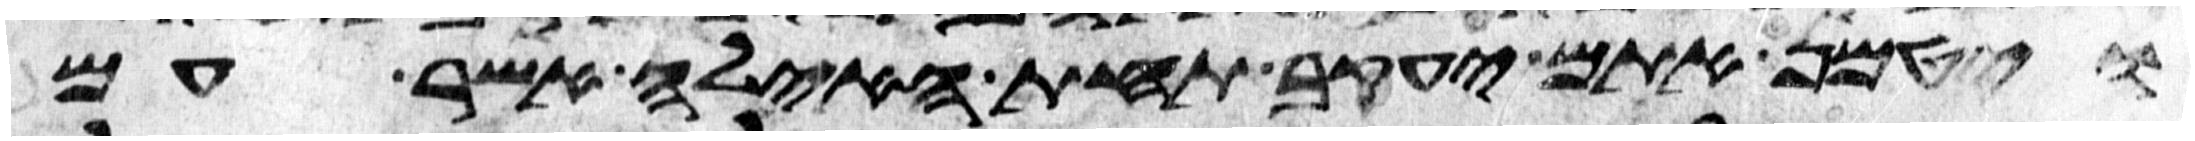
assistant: ויטמן אתם יעקב תחת האילה אשר עם